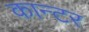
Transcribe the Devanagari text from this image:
कान्टर